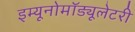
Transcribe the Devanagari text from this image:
इम्यूनोमॉड्यूलेटरी